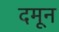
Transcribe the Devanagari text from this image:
दमून